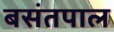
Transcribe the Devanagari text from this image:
बसंतपाल